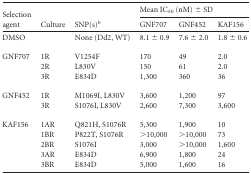
<table><thead><tr><td rowspan="2"><b>Selection agent</b></td><td rowspan="2"><b>Culture</b></td><td rowspan="2"><b>SNP(s)<sup><i>b</i></sup></b></td><td colspan="3"><b>Mean IC<sub>50</sub> (nM) ± SD</b></td></tr><tr><td><b>GNF707</b></td><td><b>GNF452</b></td><td><b>KAF156</b></td></tr></thead><tbody><tr><td>DMSO</td><td></td><td>None (Dd2, WT)</td><td>8.1 ± 0.9</td><td>7.6 ± 2.0</td><td>1.8 ± 0.6</td></tr><tr><td>GNF707</td><td>1R</td><td>V1254F</td><td>170</td><td>49</td><td>2.0</td></tr><tr><td></td><td>2R</td><td>L830V</td><td>150</td><td>61</td><td>2.0</td></tr><tr><td></td><td>3R</td><td>E834D</td><td>1,300</td><td>360</td><td>36</td></tr><tr><td>GNF452</td><td>1R</td><td>M1069I, L830V</td><td>3,600</td><td>1,200</td><td>97</td></tr><tr><td></td><td>3R</td><td>S1076I, L830V</td><td>2,600</td><td>7,300</td><td>3,600</td></tr><tr><td>KAF156</td><td>1AR</td><td>Q821H, S1076R</td><td>5,300</td><td>1,900</td><td>10</td></tr><tr><td></td><td>1BR</td><td>P822T, S1076R</td><td>&gt;10,000</td><td>&gt;10,000</td><td>73</td></tr><tr><td></td><td>2BR</td><td>S1076I</td><td>3,000</td><td>&gt;10,000</td><td>1,600</td></tr><tr><td></td><td>3AR</td><td>E834D</td><td>6,900</td><td>1,800</td><td>24</td></tr><tr><td></td><td>3BR</td><td>E834D</td><td>5,000</td><td>1,600</td><td>16</td></tr></tbody></table>